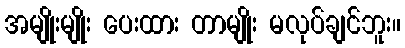
အမျိုးမျိုး ပေးထား တာမျိုး မလုပ်ချင်ဘူး။